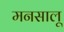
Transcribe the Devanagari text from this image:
मनसालू